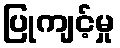
ပြုကျင့်မှု